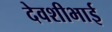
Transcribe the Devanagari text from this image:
देवशीभाई